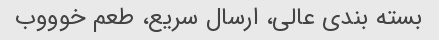
بسته بندی عالی، ارسال سریع، طعم خوووب